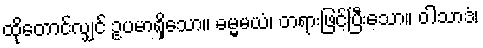
ထိုတောင်လျှင် ဥပမာရှိသော။ ဓမ္မမယံ၊ တရားဖြင့်ပြီးသော။ ဝါသာဒံ၊